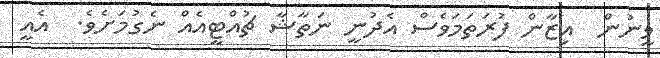
ވީނުން  އިޒާން ފުރަތަމަވެސް އެދުނީ ނަތާޝާ ޗުއްޓީއެއް ނެގުމަށެވެ.  އެއީ